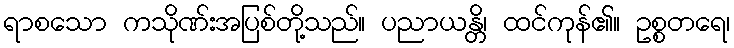
ရာစသော ကသိုဏ်းအပြစ်တို့သည်။ ပညာယန္တိ၊ ထင်ကုန်၏။ ဥစ္စတရေ၊